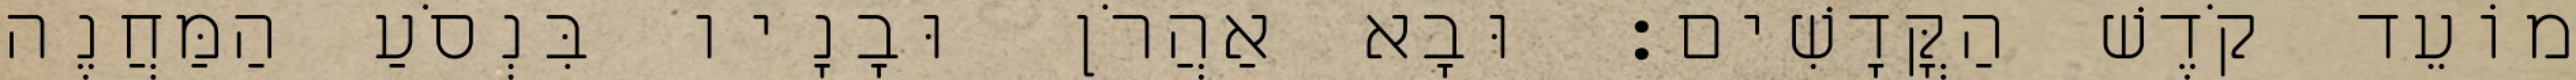
מוֹעֵד קֹדֶשׁ הַקֳּדָשִׁים׃ וּבָא אַהֲרֹן וּבָנָיו בִּנְסֹעַ הַמַּחֲנֶה